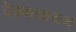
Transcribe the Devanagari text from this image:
देवमव्ययम्